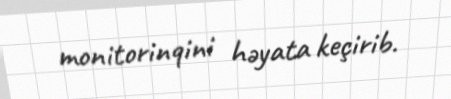
monitorinqini həyata keçirib.